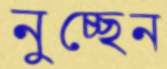
নুচ্ছেন